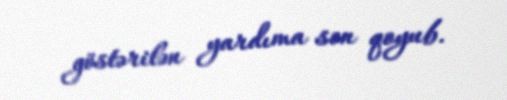
göstərilən yardıma son qoyub.